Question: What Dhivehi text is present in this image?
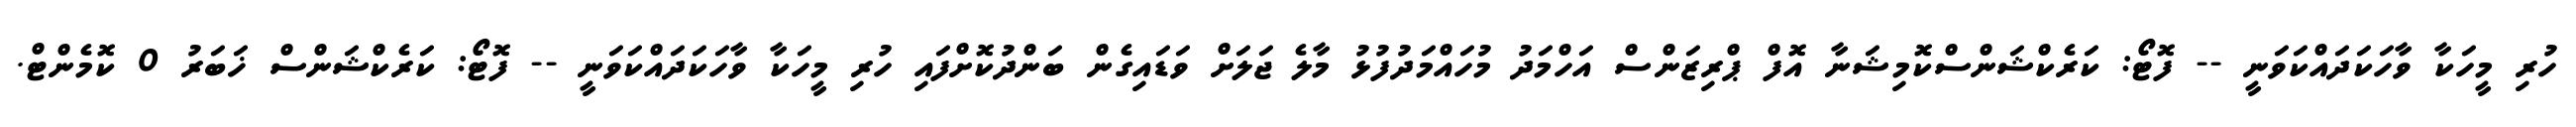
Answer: ހުރި މީހަކާ ވާހަކަދައްކަވަނީ -- ފޮޓޯ: ކަރެކްޝަންސްކޮމިޝަނާ އޮފް ޕްރިޒަންސް އަހްމަދު މުހައްމަދުފުޅު މާލެ ޖަލަށް ވަޑައިގެން ބަންދުކޮށްފައި ހުރި މީހަކާ ވާހަކަދައްކަވަނީ -- ފޮޓޯ: ކަރެކްޝަންސް ޚަބަރު 0 ކޮމެންޓް.